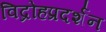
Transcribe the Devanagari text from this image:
विद्रोहप्रदर्शन